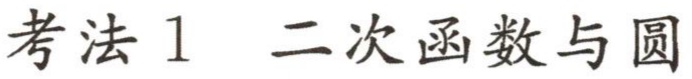
考法1 二次函数与圆